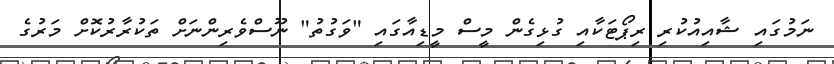
ނަމުގައި ޝާއިއުކުރި ރިޕޯޓަކާއި ގުޅިގެން މީސް މީޑިއާގައި "ވަގުތު" ނޫސްވެރިންނަށް ތަކުރާރުކޮށް މަރުގެ